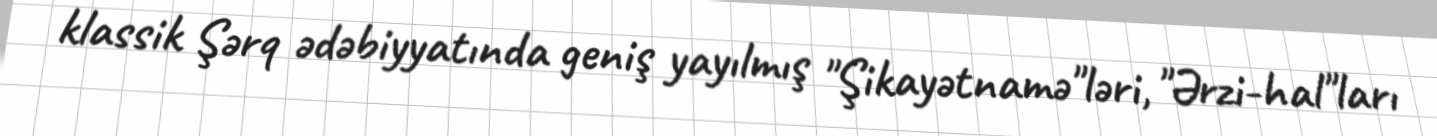
klassik Şərq ədəbiyyatında geniş yayılmış "Şikayətnamə"ləri, "Ərzi-hal"ları